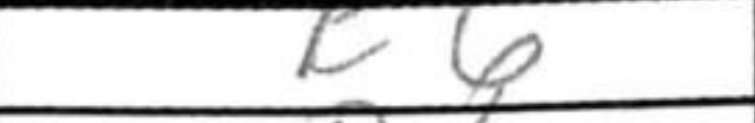
Transcription: c6